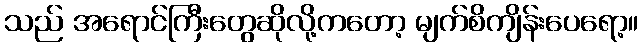
သည် အရောင်ကြီးတွေဆိုလို့ကတော့ မျက်စိကျိန်းပေရော့။